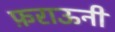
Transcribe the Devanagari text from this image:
फ़राऊनी